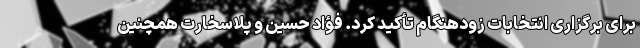
برای برگزاری انتخابات زودهنگام تأکید کرد. فؤاد حسین و پلاسخارت همچنین